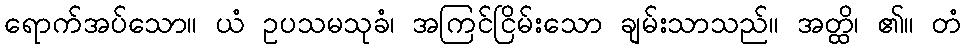
ရောက်အပ်သော။ ယံ ဥပသမသုခံ၊ အကြင်ငြိမ်းသော ချမ်းသာသည်။ အတ္ထိ၊ ၏။ တံ